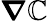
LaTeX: \boldsymbol\nabla\mathbb{C}